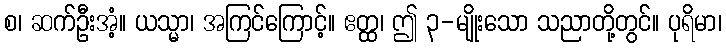
စ၊ ဆက်ဦးအံ့။ ယသ္မာ၊ အကြင်ကြောင့်။ ဧတ္ထ၊ ဤ ၃-မျိုးသော သညာတို့တွင်။ ပုရိမာ၊